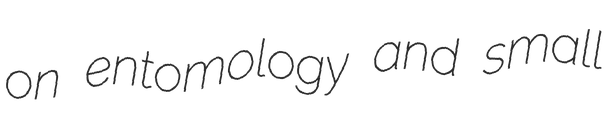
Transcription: on entomology and small